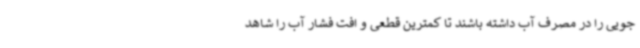
جویی را در مصرف آب داشته باشند تا کمترین قطعی و افت فشار آب را شاهد